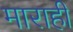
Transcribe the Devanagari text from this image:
माराही